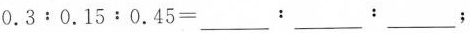
$$0 . 3 ： 0 . 1 5 ：0 . 4 5 =___：___：___；$$